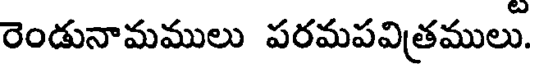
రెండునామములు పరమపవిత్రములు.